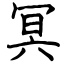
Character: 冥